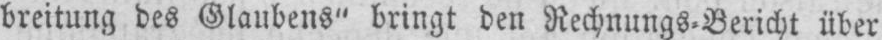
breitung des Glaubens“ bringt den Rechnungs⸗Bericht über